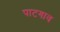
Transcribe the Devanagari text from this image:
पाटगाव